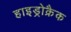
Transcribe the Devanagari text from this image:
हाइड्रोक्रैक